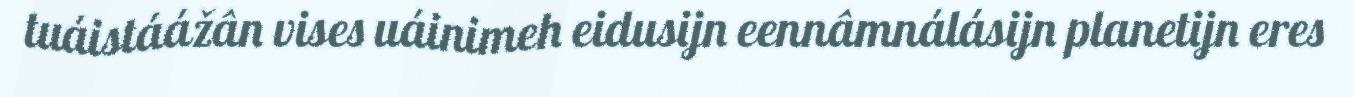
tuáistáážân vises uáinimeh eidusijn eennâmnálásijn planetijn eres